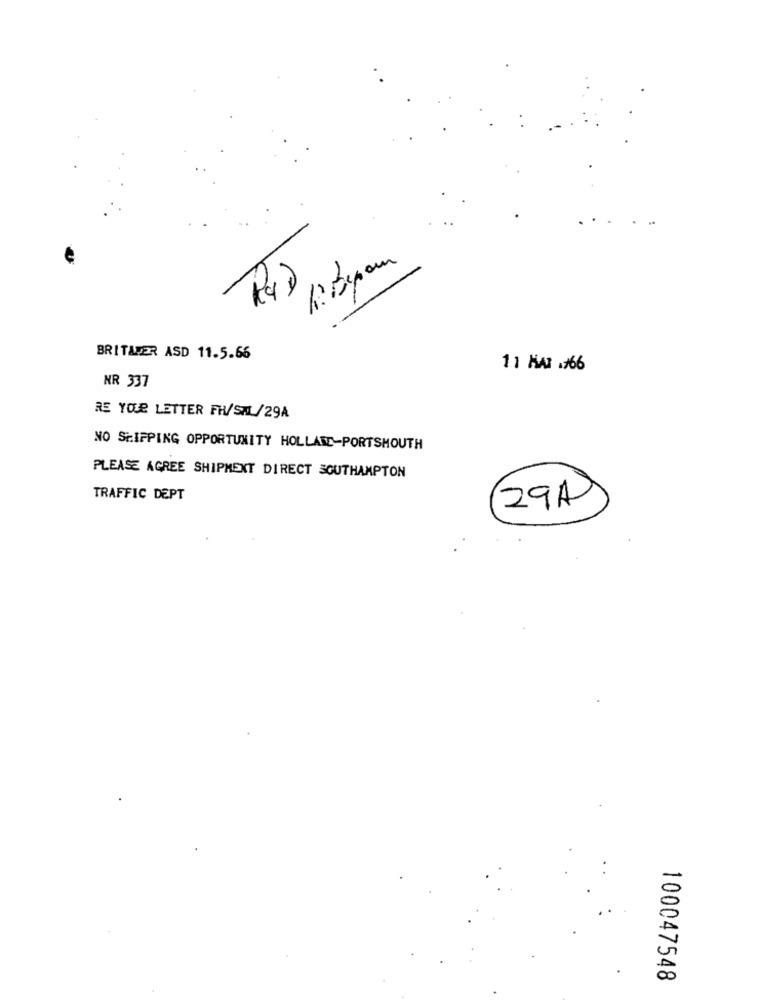
R4)
BRITAPER ASD 11.5.66
11 HA .+66
NR 337
RE YOUR LETTER FH/SAL/29A
NO SHIPPING OPPORTUNITY HOLLASE-PORTSMOUTH
PLEASE AGREE SHIPMENT DIRECT SOUTHAMPTON
TRAFFIC DEPT
29A
100047548